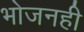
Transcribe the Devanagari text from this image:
भोजनही